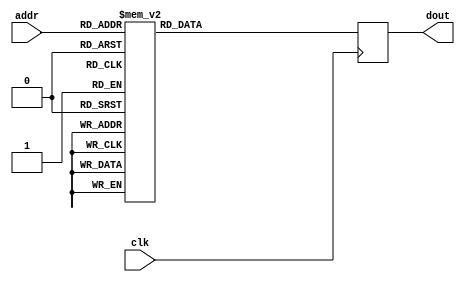
module  sine_rom( 
  input            clk, 
  input  wire[9:0] addr, 
  output reg[15:0] dout); 
  always @(posedge clk) 
    case(addr) 
     0:dout=	16'd0;
     1:dout=	16'd50;
     2:dout=	16'd101;
     3:dout=	16'd151;
     4:dout=	16'd201;
     5:dout=	16'd251;
     6:dout=	16'd302;
     7:dout=	16'd352;
     8:dout=	16'd402;
     9:dout=	16'd452;
     10:dout=	16'd503;
     11:dout=	16'd553;
     12:dout=	16'd603;
     13:dout=	16'd653;
     14:dout=	16'd704;
     15:dout=	16'd754;
     16:dout=	16'd804;
     17:dout=	16'd854;
     18:dout=	16'd905;
     19:dout=	16'd955;
     20:dout=	16'd1005;
     21:dout=	16'd1055;
     22:dout=	16'd1106;
     23:dout=	16'd1156;
     24:dout=	16'd1206;
     25:dout=	16'd1256;
     26:dout=	16'd1307;
     27:dout=	16'd1357;
     28:dout=	16'd1407;
     29:dout=	16'd1457;
     30:dout=	16'd1507;
     31:dout=	16'd1558;
     32:dout=	16'd1608;
     33:dout=	16'd1658;
     34:dout=	16'd1708;
     35:dout=	16'd1758;
     36:dout=	16'd1809;
     37:dout=	16'd1859;
     38:dout=	16'd1909;
     39:dout=	16'd1959;
     40:dout=	16'd2009;
     41:dout=	16'd2059;
     42:dout=	16'd2110;
     43:dout=	16'd2160;
     44:dout=	16'd2210;
     45:dout=	16'd2260;
     46:dout=	16'd2310;
     47:dout=	16'd2360;
     48:dout=	16'd2410;
     49:dout=	16'd2461;
     50:dout=	16'd2511;
     51:dout=	16'd2561;
     52:dout=	16'd2611;
     53:dout=	16'd2661;
     54:dout=	16'd2711;
     55:dout=	16'd2761;
     56:dout=	16'd2811;
     57:dout=	16'd2861;
     58:dout=	16'd2911;
     59:dout=	16'd2962;
     60:dout=	16'd3012;
     61:dout=	16'd3062;
     62:dout=	16'd3112;
     63:dout=	16'd3162;
     64:dout=	16'd3212;
     65:dout=	16'd3262;
     66:dout=	16'd3312;
     67:dout=	16'd3362;
     68:dout=	16'd3412;
     69:dout=	16'd3462;
     70:dout=	16'd3512;
     71:dout=	16'd3562;
     72:dout=	16'd3612;
     73:dout=	16'd3662;
     74:dout=	16'd3712;
     75:dout=	16'd3761;
     76:dout=	16'd3811;
     77:dout=	16'd3861;
     78:dout=	16'd3911;
     79:dout=	16'd3961;
     80:dout=	16'd4011;
     81:dout=	16'd4061;
     82:dout=	16'd4111;
     83:dout=	16'd4161;
     84:dout=	16'd4210;
     85:dout=	16'd4260;
     86:dout=	16'd4310;
     87:dout=	16'd4360;
     88:dout=	16'd4410;
     89:dout=	16'd4460;
     90:dout=	16'd4509;
     91:dout=	16'd4559;
     92:dout=	16'd4609;
     93:dout=	16'd4659;
     94:dout=	16'd4708;
     95:dout=	16'd4758;
     96:dout=	16'd4808;
     97:dout=	16'd4858;
     98:dout=	16'd4907;
     99:dout=	16'd4957;
     100:dout=	16'd5007;
     101:dout=	16'd5056;
     102:dout=	16'd5106;
     103:dout=	16'd5156;
     104:dout=	16'd5205;
     105:dout=	16'd5255;
     106:dout=	16'd5305;
     107:dout=	16'd5354;
     108:dout=	16'd5404;
     109:dout=	16'd5453;
     110:dout=	16'd5503;
     111:dout=	16'd5552;
     112:dout=	16'd5602;
     113:dout=	16'd5651;
     114:dout=	16'd5701;
     115:dout=	16'd5750;
     116:dout=	16'd5800;
     117:dout=	16'd5849;
     118:dout=	16'd5899;
     119:dout=	16'd5948;
     120:dout=	16'd5998;
     121:dout=	16'd6047;
     122:dout=	16'd6096;
     123:dout=	16'd6146;
     124:dout=	16'd6195;
     125:dout=	16'd6245;
     126:dout=	16'd6294;
     127:dout=	16'd6343;
     128:dout=	16'd6393;
     129:dout=	16'd6442;
     130:dout=	16'd6491;
     131:dout=	16'd6540;
     132:dout=	16'd6590;
     133:dout=	16'd6639;
     134:dout=	16'd6688;
     135:dout=	16'd6737;
     136:dout=	16'd6786;
     137:dout=	16'd6836;
     138:dout=	16'd6885;
     139:dout=	16'd6934;
     140:dout=	16'd6983;
     141:dout=	16'd7032;
     142:dout=	16'd7081;
     143:dout=	16'd7130;
     144:dout=	16'd7179;
     145:dout=	16'd7228;
     146:dout=	16'd7277;
     147:dout=	16'd7326;
     148:dout=	16'd7375;
     149:dout=	16'd7424;
     150:dout=	16'd7473;
     151:dout=	16'd7522;
     152:dout=	16'd7571;
     153:dout=	16'd7620;
     154:dout=	16'd7669;
     155:dout=	16'd7718;
     156:dout=	16'd7767;
     157:dout=	16'd7815;
     158:dout=	16'd7864;
     159:dout=	16'd7913;
     160:dout=	16'd7962;
     161:dout=	16'd8010;
     162:dout=	16'd8059;
     163:dout=	16'd8108;
     164:dout=	16'd8157;
     165:dout=	16'd8205;
     166:dout=	16'd8254;
     167:dout=	16'd8303;
     168:dout=	16'd8351;
     169:dout=	16'd8400;
     170:dout=	16'd8448;
     171:dout=	16'd8497;
     172:dout=	16'd8545;
     173:dout=	16'd8594;
     174:dout=	16'd8642;
     175:dout=	16'd8691;
     176:dout=	16'd8739;
     177:dout=	16'd8788;
     178:dout=	16'd8836;
     179:dout=	16'd8885;
     180:dout=	16'd8933;
     181:dout=	16'd8981;
     182:dout=	16'd9030;
     183:dout=	16'd9078;
     184:dout=	16'd9126;
     185:dout=	16'd9175;
     186:dout=	16'd9223;
     187:dout=	16'd9271;
     188:dout=	16'd9319;
     189:dout=	16'd9367;
     190:dout=	16'd9416;
     191:dout=	16'd9464;
     192:dout=	16'd9512;
     193:dout=	16'd9560;
     194:dout=	16'd9608;
     195:dout=	16'd9656;
     196:dout=	16'd9704;
     197:dout=	16'd9752;
     198:dout=	16'd9800;
     199:dout=	16'd9848;
     200:dout=	16'd9896;
     201:dout=	16'd9944;
     202:dout=	16'd9992;
     203:dout=	16'd10039;
     204:dout=	16'd10087;
     205:dout=	16'd10135;
     206:dout=	16'd10183;
     207:dout=	16'd10231;
     208:dout=	16'd10278;
     209:dout=	16'd10326;
     210:dout=	16'd10374;
     211:dout=	16'd10421;
     212:dout=	16'd10469;
     213:dout=	16'd10517;
     214:dout=	16'd10564;
     215:dout=	16'd10612;
     216:dout=	16'd10659;
     217:dout=	16'd10707;
     218:dout=	16'd10754;
     219:dout=	16'd10802;
     220:dout=	16'd10849;
     221:dout=	16'd10897;
     222:dout=	16'd10944;
     223:dout=	16'd10992;
     224:dout=	16'd11039;
     225:dout=	16'd11086;
     226:dout=	16'd11133;
     227:dout=	16'd11181;
     228:dout=	16'd11228;
     229:dout=	16'd11275;
     230:dout=	16'd11322;
     231:dout=	16'd11370;
     232:dout=	16'd11417;
     233:dout=	16'd11464;
     234:dout=	16'd11511;
     235:dout=	16'd11558;
     236:dout=	16'd11605;
     237:dout=	16'd11652;
     238:dout=	16'd11699;
     239:dout=	16'd11746;
     240:dout=	16'd11793;
     241:dout=	16'd11840;
     242:dout=	16'd11886;
     243:dout=	16'd11933;
     244:dout=	16'd11980;
     245:dout=	16'd12027;
     246:dout=	16'd12074;
     247:dout=	16'd12120;
     248:dout=	16'd12167;
     249:dout=	16'd12214;
     250:dout=	16'd12260;
     251:dout=	16'd12307;
     252:dout=	16'd12353;
     253:dout=	16'd12400;
     254:dout=	16'd12446;
     255:dout=	16'd12493;
     256:dout=	16'd12539;
     257:dout=	16'd12586;
     258:dout=	16'd12632;
     259:dout=	16'd12679;
     260:dout=	16'd12725;
     261:dout=	16'd12771;
     262:dout=	16'd12817;
     263:dout=	16'd12864;
     264:dout=	16'd12910;
     265:dout=	16'd12956;
     266:dout=	16'd13002;
     267:dout=	16'd13048;
     268:dout=	16'd13094;
     269:dout=	16'd13141;
     270:dout=	16'd13187;
     271:dout=	16'd13233;
     272:dout=	16'd13279;
     273:dout=	16'd13324;
     274:dout=	16'd13370;
     275:dout=	16'd13416;
     276:dout=	16'd13462;
     277:dout=	16'd13508;
     278:dout=	16'd13554;
     279:dout=	16'd13599;
     280:dout=	16'd13645;
     281:dout=	16'd13691;
     282:dout=	16'd13736;
     283:dout=	16'd13782;
     284:dout=	16'd13828;
     285:dout=	16'd13873;
     286:dout=	16'd13919;
     287:dout=	16'd13964;
     288:dout=	16'd14010;
     289:dout=	16'd14055;
     290:dout=	16'd14101;
     291:dout=	16'd14146;
     292:dout=	16'd14191;
     293:dout=	16'd14236;
     294:dout=	16'd14282;
     295:dout=	16'd14327;
     296:dout=	16'd14372;
     297:dout=	16'd14417;
     298:dout=	16'd14462;
     299:dout=	16'd14507;
     300:dout=	16'd14553;
     301:dout=	16'd14598;
     302:dout=	16'd14643;
     303:dout=	16'd14687;
     304:dout=	16'd14732;
     305:dout=	16'd14777;
     306:dout=	16'd14822;
     307:dout=	16'd14867;
     308:dout=	16'd14912;
     309:dout=	16'd14956;
     310:dout=	16'd15001;
     311:dout=	16'd15046;
     312:dout=	16'd15090;
     313:dout=	16'd15135;
     314:dout=	16'd15180;
     315:dout=	16'd15224;
     316:dout=	16'd15269;
     317:dout=	16'd15313;
     318:dout=	16'd15358;
     319:dout=	16'd15402;
     320:dout=	16'd15446;
     321:dout=	16'd15491;
     322:dout=	16'd15535;
     323:dout=	16'd15579;
     324:dout=	16'd15623;
     325:dout=	16'd15667;
     326:dout=	16'd15712;
     327:dout=	16'd15756;
     328:dout=	16'd15800;
     329:dout=	16'd15844;
     330:dout=	16'd15888;
     331:dout=	16'd15932;
     332:dout=	16'd15976;
     333:dout=	16'd16019;
     334:dout=	16'd16063;
     335:dout=	16'd16107;
     336:dout=	16'd16151;
     337:dout=	16'd16195;
     338:dout=	16'd16238;
     339:dout=	16'd16282;
     340:dout=	16'd16325;
     341:dout=	16'd16369;
     342:dout=	16'd16413;
     343:dout=	16'd16456;
     344:dout=	16'd16499;
     345:dout=	16'd16543;
     346:dout=	16'd16586;
     347:dout=	16'd16630;
     348:dout=	16'd16673;
     349:dout=	16'd16716;
     350:dout=	16'd16759;
     351:dout=	16'd16802;
     352:dout=	16'd16846;
     353:dout=	16'd16889;
     354:dout=	16'd16932;
     355:dout=	16'd16975;
     356:dout=	16'd17018;
     357:dout=	16'd17061;
     358:dout=	16'd17104;
     359:dout=	16'd17146;
     360:dout=	16'd17189;
     361:dout=	16'd17232;
     362:dout=	16'd17275;
     363:dout=	16'd17317;
     364:dout=	16'd17360;
     365:dout=	16'd17403;
     366:dout=	16'd17445;
     367:dout=	16'd17488;
     368:dout=	16'd17530;
     369:dout=	16'd17573;
     370:dout=	16'd17615;
     371:dout=	16'd17657;
     372:dout=	16'd17700;
     373:dout=	16'd17742;
     374:dout=	16'd17784;
     375:dout=	16'd17827;
     376:dout=	16'd17869;
     377:dout=	16'd17911;
     378:dout=	16'd17953;
     379:dout=	16'd17995;
     380:dout=	16'd18037;
     381:dout=	16'd18079;
     382:dout=	16'd18121;
     383:dout=	16'd18163;
     384:dout=	16'd18204;
     385:dout=	16'd18246;
     386:dout=	16'd18288;
     387:dout=	16'd18330;
     388:dout=	16'd18371;
     389:dout=	16'd18413;
     390:dout=	16'd18454;
     391:dout=	16'd18496;
     392:dout=	16'd18537;
     393:dout=	16'd18579;
     394:dout=	16'd18620;
     395:dout=	16'd18661;
     396:dout=	16'd18703;
     397:dout=	16'd18744;
     398:dout=	16'd18785;
     399:dout=	16'd18826;
     400:dout=	16'd18868;
     401:dout=	16'd18909;
     402:dout=	16'd18950;
     403:dout=	16'd18991;
     404:dout=	16'd19032;
     405:dout=	16'd19072;
     406:dout=	16'd19113;
     407:dout=	16'd19154;
     408:dout=	16'd19195;
     409:dout=	16'd19236;
     410:dout=	16'd19276;
     411:dout=	16'd19317;
     412:dout=	16'd19357;
     413:dout=	16'd19398;
     414:dout=	16'd19438;
     415:dout=	16'd19479;
     416:dout=	16'd19519;
     417:dout=	16'd19560;
     418:dout=	16'd19600;
     419:dout=	16'd19640;
     420:dout=	16'd19680;
     421:dout=	16'd19721;
     422:dout=	16'd19761;
     423:dout=	16'd19801;
     424:dout=	16'd19841;
     425:dout=	16'd19881;
     426:dout=	16'd19921;
     427:dout=	16'd19961;
     428:dout=	16'd20000;
     429:dout=	16'd20040;
     430:dout=	16'd20080;
     431:dout=	16'd20120;
     432:dout=	16'd20159;
     433:dout=	16'd20199;
     434:dout=	16'd20238;
     435:dout=	16'd20278;
     436:dout=	16'd20317;
     437:dout=	16'd20357;
     438:dout=	16'd20396;
     439:dout=	16'd20436;
     440:dout=	16'd20475;
     441:dout=	16'd20514;
     442:dout=	16'd20553;
     443:dout=	16'd20592;
     444:dout=	16'd20631;
     445:dout=	16'd20670;
     446:dout=	16'd20709;
     447:dout=	16'd20748;
     448:dout=	16'd20787;
     449:dout=	16'd20826;
     450:dout=	16'd20865;
     451:dout=	16'd20904;
     452:dout=	16'd20942;
     453:dout=	16'd20981;
     454:dout=	16'd21019;
     455:dout=	16'd21058;
     456:dout=	16'd21096;
     457:dout=	16'd21135;
     458:dout=	16'd21173;
     459:dout=	16'd21212;
     460:dout=	16'd21250;
     461:dout=	16'd21288;
     462:dout=	16'd21326;
     463:dout=	16'd21364;
     464:dout=	16'd21403;
     465:dout=	16'd21441;
     466:dout=	16'd21479;
     467:dout=	16'd21516;
     468:dout=	16'd21554;
     469:dout=	16'd21592;
     470:dout=	16'd21630;
     471:dout=	16'd21668;
     472:dout=	16'd21705;
     473:dout=	16'd21743;
     474:dout=	16'd21781;
     475:dout=	16'd21818;
     476:dout=	16'd21856;
     477:dout=	16'd21893;
     478:dout=	16'd21930;
     479:dout=	16'd21968;
     480:dout=	16'd22005;
     481:dout=	16'd22042;
     482:dout=	16'd22079;
     483:dout=	16'd22116;
     484:dout=	16'd22154;
     485:dout=	16'd22191;
     486:dout=	16'd22227;
     487:dout=	16'd22264;
     488:dout=	16'd22301;
     489:dout=	16'd22338;
     490:dout=	16'd22375;
     491:dout=	16'd22411;
     492:dout=	16'd22448;
     493:dout=	16'd22485;
     494:dout=	16'd22521;
     495:dout=	16'd22558;
     496:dout=	16'd22594;
     497:dout=	16'd22631;
     498:dout=	16'd22667;
     499:dout=	16'd22703;
     500:dout=	16'd22739;
     501:dout=	16'd22776;
     502:dout=	16'd22812;
     503:dout=	16'd22848;
     504:dout=	16'd22884;
     505:dout=	16'd22920;
     506:dout=	16'd22956;
     507:dout=	16'd22991;
     508:dout=	16'd23027;
     509:dout=	16'd23063;
     510:dout=	16'd23099;
     511:dout=	16'd23134;
     512:dout=	16'd23170;
     513:dout=	16'd23205;
     514:dout=	16'd23241;
     515:dout=	16'd23276;
     516:dout=	16'd23311;
     517:dout=	16'd23347;
     518:dout=	16'd23382;
     519:dout=	16'd23417;
     520:dout=	16'd23452;
     521:dout=	16'd23487;
     522:dout=	16'd23522;
     523:dout=	16'd23557;
     524:dout=	16'd23592;
     525:dout=	16'd23627;
     526:dout=	16'd23662;
     527:dout=	16'd23697;
     528:dout=	16'd23731;
     529:dout=	16'd23766;
     530:dout=	16'd23801;
     531:dout=	16'd23835;
     532:dout=	16'd23870;
     533:dout=	16'd23904;
     534:dout=	16'd23938;
     535:dout=	16'd23973;
     536:dout=	16'd24007;
     537:dout=	16'd24041;
     538:dout=	16'd24075;
     539:dout=	16'd24109;
     540:dout=	16'd24143;
     541:dout=	16'd24177;
     542:dout=	16'd24211;
     543:dout=	16'd24245;
     544:dout=	16'd24279;
     545:dout=	16'd24312;
     546:dout=	16'd24346;
     547:dout=	16'd24380;
     548:dout=	16'd24413;
     549:dout=	16'd24447;
     550:dout=	16'd24480;
     551:dout=	16'd24514;
     552:dout=	16'd24547;
     553:dout=	16'd24580;
     554:dout=	16'd24613;
     555:dout=	16'd24647;
     556:dout=	16'd24680;
     557:dout=	16'd24713;
     558:dout=	16'd24746;
     559:dout=	16'd24779;
     560:dout=	16'd24811;
     561:dout=	16'd24844;
     562:dout=	16'd24877;
     563:dout=	16'd24910;
     564:dout=	16'd24942;
     565:dout=	16'd24975;
     566:dout=	16'd25007;
     567:dout=	16'd25040;
     568:dout=	16'd25072;
     569:dout=	16'd25105;
     570:dout=	16'd25137;
     571:dout=	16'd25169;
     572:dout=	16'd25201;
     573:dout=	16'd25233;
     574:dout=	16'd25265;
     575:dout=	16'd25297;
     576:dout=	16'd25329;
     577:dout=	16'd25361;
     578:dout=	16'd25393;
     579:dout=	16'd25425;
     580:dout=	16'd25456;
     581:dout=	16'd25488;
     582:dout=	16'd25519;
     583:dout=	16'd25551;
     584:dout=	16'd25582;
     585:dout=	16'd25614;
     586:dout=	16'd25645;
     587:dout=	16'd25676;
     588:dout=	16'd25708;
     589:dout=	16'd25739;
     590:dout=	16'd25770;
     591:dout=	16'd25801;
     592:dout=	16'd25832;
     593:dout=	16'd25863;
     594:dout=	16'd25893;
     595:dout=	16'd25924;
     596:dout=	16'd25955;
     597:dout=	16'd25986;
     598:dout=	16'd26016;
     599:dout=	16'd26047;
     600:dout=	16'd26077;
     601:dout=	16'd26108;
     602:dout=	16'd26138;
     603:dout=	16'd26168;
     604:dout=	16'd26198;
     605:dout=	16'd26229;
     606:dout=	16'd26259;
     607:dout=	16'd26289;
     608:dout=	16'd26319;
     609:dout=	16'd26349;
     610:dout=	16'd26378;
     611:dout=	16'd26408;
     612:dout=	16'd26438;
     613:dout=	16'd26468;
     614:dout=	16'd26497;
     615:dout=	16'd26527;
     616:dout=	16'd26556;
     617:dout=	16'd26586;
     618:dout=	16'd26615;
     619:dout=	16'd26644;
     620:dout=	16'd26674;
     621:dout=	16'd26703;
     622:dout=	16'd26732;
     623:dout=	16'd26761;
     624:dout=	16'd26790;
     625:dout=	16'd26819;
     626:dout=	16'd26848;
     627:dout=	16'd26876;
     628:dout=	16'd26905;
     629:dout=	16'd26934;
     630:dout=	16'd26962;
     631:dout=	16'd26991;
     632:dout=	16'd27019;
     633:dout=	16'd27048;
     634:dout=	16'd27076;
     635:dout=	16'd27104;
     636:dout=	16'd27133;
     637:dout=	16'd27161;
     638:dout=	16'd27189;
     639:dout=	16'd27217;
     640:dout=	16'd27245;
     641:dout=	16'd27273;
     642:dout=	16'd27300;
     643:dout=	16'd27328;
     644:dout=	16'd27356;
     645:dout=	16'd27384;
     646:dout=	16'd27411;
     647:dout=	16'd27439;
     648:dout=	16'd27466;
     649:dout=	16'd27493;
     650:dout=	16'd27521;
     651:dout=	16'd27548;
     652:dout=	16'd27575;
     653:dout=	16'd27602;
     654:dout=	16'd27629;
     655:dout=	16'd27656;
     656:dout=	16'd27683;
     657:dout=	16'd27710;
     658:dout=	16'd27737;
     659:dout=	16'd27764;
     660:dout=	16'd27790;
     661:dout=	16'd27817;
     662:dout=	16'd27843;
     663:dout=	16'd27870;
     664:dout=	16'd27896;
     665:dout=	16'd27923;
     666:dout=	16'd27949;
     667:dout=	16'd27975;
     668:dout=	16'd28001;
     669:dout=	16'd28027;
     670:dout=	16'd28053;
     671:dout=	16'd28079;
     672:dout=	16'd28105;
     673:dout=	16'd28131;
     674:dout=	16'd28157;
     675:dout=	16'd28182;
     676:dout=	16'd28208;
     677:dout=	16'd28234;
     678:dout=	16'd28259;
     679:dout=	16'd28284;
     680:dout=	16'd28310;
     681:dout=	16'd28335;
     682:dout=	16'd28360;
     683:dout=	16'd28385;
     684:dout=	16'd28411;
     685:dout=	16'd28436;
     686:dout=	16'd28460;
     687:dout=	16'd28485;
     688:dout=	16'd28510;
     689:dout=	16'd28535;
     690:dout=	16'd28560;
     691:dout=	16'd28584;
     692:dout=	16'd28609;
     693:dout=	16'd28633;
     694:dout=	16'd28658;
     695:dout=	16'd28682;
     696:dout=	16'd28706;
     697:dout=	16'd28730;
     698:dout=	16'd28755;
     699:dout=	16'd28779;
     700:dout=	16'd28803;
     701:dout=	16'd28827;
     702:dout=	16'd28850;
     703:dout=	16'd28874;
     704:dout=	16'd28898;
     705:dout=	16'd28922;
     706:dout=	16'd28945;
     707:dout=	16'd28969;
     708:dout=	16'd28992;
     709:dout=	16'd29016;
     710:dout=	16'd29039;
     711:dout=	16'd29062;
     712:dout=	16'd29085;
     713:dout=	16'd29108;
     714:dout=	16'd29131;
     715:dout=	16'd29154;
     716:dout=	16'd29177;
     717:dout=	16'd29200;
     718:dout=	16'd29223;
     719:dout=	16'd29246;
     720:dout=	16'd29268;
     721:dout=	16'd29291;
     722:dout=	16'd29313;
     723:dout=	16'd29336;
     724:dout=	16'd29358;
     725:dout=	16'd29380;
     726:dout=	16'd29403;
     727:dout=	16'd29425;
     728:dout=	16'd29447;
     729:dout=	16'd29469;
     730:dout=	16'd29491;
     731:dout=	16'd29513;
     732:dout=	16'd29534;
     733:dout=	16'd29556;
     734:dout=	16'd29578;
     735:dout=	16'd29599;
     736:dout=	16'd29621;
     737:dout=	16'd29642;
     738:dout=	16'd29664;
     739:dout=	16'd29685;
     740:dout=	16'd29706;
     741:dout=	16'd29728;
     742:dout=	16'd29749;
     743:dout=	16'd29770;
     744:dout=	16'd29791;
     745:dout=	16'd29812;
     746:dout=	16'd29832;
     747:dout=	16'd29853;
     748:dout=	16'd29874;
     749:dout=	16'd29894;
     750:dout=	16'd29915;
     751:dout=	16'd29936;
     752:dout=	16'd29956;
     753:dout=	16'd29976;
     754:dout=	16'd29997;
     755:dout=	16'd30017;
     756:dout=	16'd30037;
     757:dout=	16'd30057;
     758:dout=	16'd30077;
     759:dout=	16'd30097;
     760:dout=	16'd30117;
     761:dout=	16'd30136;
     762:dout=	16'd30156;
     763:dout=	16'd30176;
     764:dout=	16'd30195;
     765:dout=	16'd30215;
     766:dout=	16'd30234;
     767:dout=	16'd30253;
     768:dout=	16'd30273;
     769:dout=	16'd30292;
     770:dout=	16'd30311;
     771:dout=	16'd30330;
     772:dout=	16'd30349;
     773:dout=	16'd30368;
     774:dout=	16'd30387;
     775:dout=	16'd30406;
     776:dout=	16'd30424;
     777:dout=	16'd30443;
     778:dout=	16'd30462;
     779:dout=	16'd30480;
     780:dout=	16'd30498;
     781:dout=	16'd30517;
     782:dout=	16'd30535;
     783:dout=	16'd30553;
     784:dout=	16'd30571;
     785:dout=	16'd30589;
     786:dout=	16'd30607;
     787:dout=	16'd30625;
     788:dout=	16'd30643;
     789:dout=	16'd30661;
     790:dout=	16'd30679;
     791:dout=	16'd30696;
     792:dout=	16'd30714;
     793:dout=	16'd30731;
     794:dout=	16'd30749;
     795:dout=	16'd30766;
     796:dout=	16'd30783;
     797:dout=	16'd30800;
     798:dout=	16'd30818;
     799:dout=	16'd30835;
     800:dout=	16'd30852;
     801:dout=	16'd30868;
     802:dout=	16'd30885;
     803:dout=	16'd30902;
     804:dout=	16'd30919;
     805:dout=	16'd30935;
     806:dout=	16'd30952;
     807:dout=	16'd30968;
     808:dout=	16'd30985;
     809:dout=	16'd31001;
     810:dout=	16'd31017;
     811:dout=	16'd31033;
     812:dout=	16'd31050;
     813:dout=	16'd31066;
     814:dout=	16'd31082;
     815:dout=	16'd31097;
     816:dout=	16'd31113;
     817:dout=	16'd31129;
     818:dout=	16'd31145;
     819:dout=	16'd31160;
     820:dout=	16'd31176;
     821:dout=	16'd31191;
     822:dout=	16'd31206;
     823:dout=	16'd31222;
     824:dout=	16'd31237;
     825:dout=	16'd31252;
     826:dout=	16'd31267;
     827:dout=	16'd31282;
     828:dout=	16'd31297;
     829:dout=	16'd31312;
     830:dout=	16'd31327;
     831:dout=	16'd31341;
     832:dout=	16'd31356;
     833:dout=	16'd31371;
     834:dout=	16'd31385;
     835:dout=	16'd31400;
     836:dout=	16'd31414;
     837:dout=	16'd31428;
     838:dout=	16'd31442;
     839:dout=	16'd31456;
     840:dout=	16'd31470;
     841:dout=	16'd31484;
     842:dout=	16'd31498;
     843:dout=	16'd31512;
     844:dout=	16'd31526;
     845:dout=	16'd31539;
     846:dout=	16'd31553;
     847:dout=	16'd31567;
     848:dout=	16'd31580;
     849:dout=	16'd31593;
     850:dout=	16'd31607;
     851:dout=	16'd31620;
     852:dout=	16'd31633;
     853:dout=	16'd31646;
     854:dout=	16'd31659;
     855:dout=	16'd31672;
     856:dout=	16'd31685;
     857:dout=	16'd31698;
     858:dout=	16'd31710;
     859:dout=	16'd31723;
     860:dout=	16'd31736;
     861:dout=	16'd31748;
     862:dout=	16'd31760;
     863:dout=	16'd31773;
     864:dout=	16'd31785;
     865:dout=	16'd31797;
     866:dout=	16'd31809;
     867:dout=	16'd31821;
     868:dout=	16'd31833;
     869:dout=	16'd31845;
     870:dout=	16'd31857;
     871:dout=	16'd31869;
     872:dout=	16'd31880;
     873:dout=	16'd31892;
     874:dout=	16'd31903;
     875:dout=	16'd31915;
     876:dout=	16'd31926;
     877:dout=	16'd31937;
     878:dout=	16'd31949;
     879:dout=	16'd31960;
     880:dout=	16'd31971;
     881:dout=	16'd31982;
     882:dout=	16'd31993;
     883:dout=	16'd32004;
     884:dout=	16'd32014;
     885:dout=	16'd32025;
     886:dout=	16'd32036;
     887:dout=	16'd32046;
     888:dout=	16'd32057;
     889:dout=	16'd32067;
     890:dout=	16'd32077;
     891:dout=	16'd32087;
     892:dout=	16'd32098;
     893:dout=	16'd32108;
     894:dout=	16'd32118;
     895:dout=	16'd32128;
     896:dout=	16'd32137;
     897:dout=	16'd32147;
     898:dout=	16'd32157;
     899:dout=	16'd32166;
     900:dout=	16'd32176;
     901:dout=	16'd32185;
     902:dout=	16'd32195;
     903:dout=	16'd32204;
     904:dout=	16'd32213;
     905:dout=	16'd32223;
     906:dout=	16'd32232;
     907:dout=	16'd32241;
     908:dout=	16'd32250;
     909:dout=	16'd32258;
     910:dout=	16'd32267;
     911:dout=	16'd32276;
     912:dout=	16'd32285;
     913:dout=	16'd32293;
     914:dout=	16'd32302;
     915:dout=	16'd32310;
     916:dout=	16'd32318;
     917:dout=	16'd32327;
     918:dout=	16'd32335;
     919:dout=	16'd32343;
     920:dout=	16'd32351;
     921:dout=	16'd32359;
     922:dout=	16'd32367;
     923:dout=	16'd32375;
     924:dout=	16'd32382;
     925:dout=	16'd32390;
     926:dout=	16'd32397;
     927:dout=	16'd32405;
     928:dout=	16'd32412;
     929:dout=	16'd32420;
     930:dout=	16'd32427;
     931:dout=	16'd32434;
     932:dout=	16'd32441;
     933:dout=	16'd32448;
     934:dout=	16'd32455;
     935:dout=	16'd32462;
     936:dout=	16'd32469;
     937:dout=	16'd32476;
     938:dout=	16'd32482;
     939:dout=	16'd32489;
     940:dout=	16'd32495;
     941:dout=	16'd32502;
     942:dout=	16'd32508;
     943:dout=	16'd32514;
     944:dout=	16'd32521;
     945:dout=	16'd32527;
     946:dout=	16'd32533;
     947:dout=	16'd32539;
     948:dout=	16'd32545;
     949:dout=	16'd32550;
     950:dout=	16'd32556;
     951:dout=	16'd32562;
     952:dout=	16'd32567;
     953:dout=	16'd32573;
     954:dout=	16'd32578;
     955:dout=	16'd32584;
     956:dout=	16'd32589;
     957:dout=	16'd32594;
     958:dout=	16'd32599;
     959:dout=	16'd32604;
     960:dout=	16'd32609;
     961:dout=	16'd32614;
     962:dout=	16'd32619;
     963:dout=	16'd32624;
     964:dout=	16'd32628;
     965:dout=	16'd32633;
     966:dout=	16'd32637;
     967:dout=	16'd32642;
     968:dout=	16'd32646;
     969:dout=	16'd32650;
     970:dout=	16'd32655;
     971:dout=	16'd32659;
     972:dout=	16'd32663;
     973:dout=	16'd32667;
     974:dout=	16'd32671;
     975:dout=	16'd32674;
     976:dout=	16'd32678;
     977:dout=	16'd32682;
     978:dout=	16'd32685;
     979:dout=	16'd32689;
     980:dout=	16'd32692;
     981:dout=	16'd32696;
     982:dout=	16'd32699;
     983:dout=	16'd32702;
     984:dout=	16'd32705;
     985:dout=	16'd32708;
     986:dout=	16'd32711;
     987:dout=	16'd32714;
     988:dout=	16'd32717;
     989:dout=	16'd32720;
     990:dout=	16'd32722;
     991:dout=	16'd32725;
     992:dout=	16'd32728;
     993:dout=	16'd32730;
     994:dout=	16'd32732;
     995:dout=	16'd32735;
     996:dout=	16'd32737;
     997:dout=	16'd32739;
     998:dout=	16'd32741;
     999:dout=	16'd32743;
     1000:dout=	16'd32745;
     1001:dout=	16'd32747;
     1002:dout=	16'd32748;
     1003:dout=	16'd32750;
     1004:dout=	16'd32752;
     1005:dout=	16'd32753;
     1006:dout=	16'd32755;
     1007:dout=	16'd32756;
     1008:dout=	16'd32757;
     1009:dout=	16'd32758;
     1010:dout=	16'd32759;
     1011:dout=	16'd32760;
     1012:dout=	16'd32761;
     1013:dout=	16'd32762;
     1014:dout=	16'd32763;
     1015:dout=	16'd32764;
     1016:dout=	16'd32765;
     1017:dout=	16'd32765;
     1018:dout=	16'd32766;
     1019:dout=	16'd32766;
     1020:dout=	16'd32766;
     1021:dout=	16'd32767;
     1022:dout=	16'd32767;
     1023:dout=	16'd32767;
    endcase 
endmodule